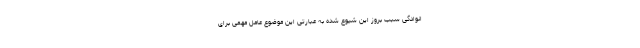
انوادگی سبب بروز این شیوع شده به عبارتی این موضوع عامل مهمی برای